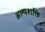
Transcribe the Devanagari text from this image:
अल्‍पशक्ति